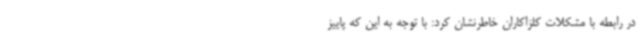
در رابطه با مشکلات کلزاکاران خاطرنشان کرد: با توجه به این که پاییز